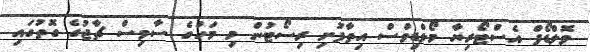
ވޮލްޑޯފް އެސްޓޯރިޔާ މޯލްޑިވްސް އިތާފުށި ރިސޯޓުން މި މަހުގެ ސާވިސް ޗާޖުގެ ގޮތުގައި